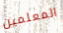
المعلمين